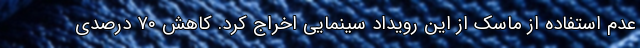
عدم استفاده از ماسک از این رویداد سینمایی اخراج کرد. کاهش ۷۰ درصدی